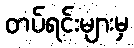
တပ်ရင်းများမှ